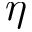
\eta